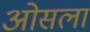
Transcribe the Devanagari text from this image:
ओसला